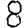
Digit: 8